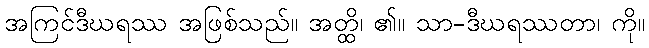
အကြင်ဒီဃရဿ အဖြစ်သည်။ အတ္ထိ၊ ၏။ သာ-ဒီဃရဿတာ၊ ကို။